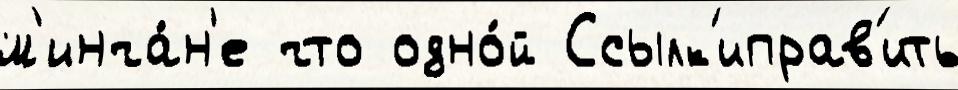
м'инча́н'е что одно́й Ссылк'иправ'ить